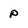
Character: p